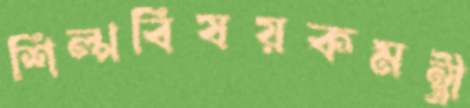
শিল্পবিষয়কমন্ত্রী